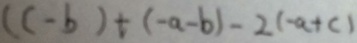
( c - b ) + ( - a - b ) - 2 ( - a + c )